Report on vaccination in the Province of Bengal - 1874-1889
Year: 1874
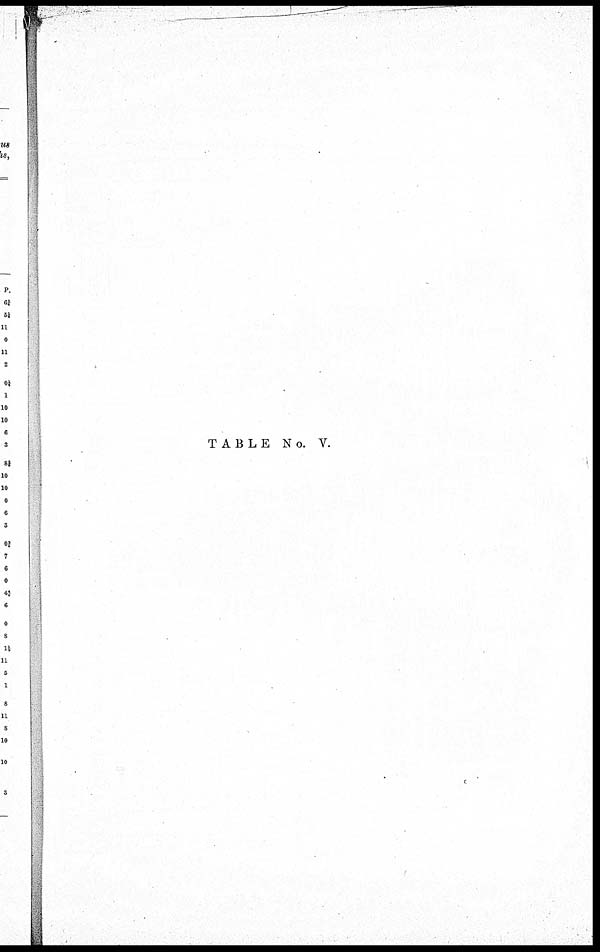
TABLE No. V.